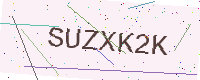
Text: SUZXK2K